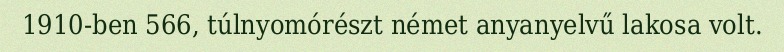
1910-ben 566, túlnyomórészt német anyanyelvű lakosa volt.